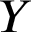
Y